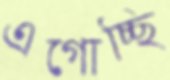
এগোচ্ছি